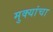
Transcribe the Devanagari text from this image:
मुक्यांचा